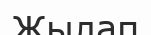
Жылап